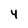
Character: 4